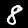
Digit: 8